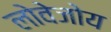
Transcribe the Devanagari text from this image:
लोवेजोय